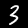
Digit: 3